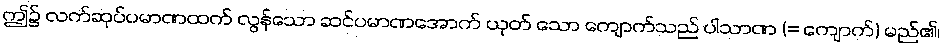
ဤ၌ လက်ဆုပ်ပမာဏထက် လွန်သော ဆင်ပမာဏအောက် ယုတ် သော ကျောက်သည် ပါသာဏ (= ကျောက်) မည်၏၊